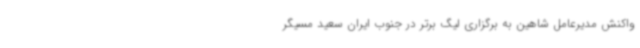
واکنش مدیرعامل شاهین به برگزاری لیگ برتر در جنوب ایران سعید مسیگر